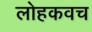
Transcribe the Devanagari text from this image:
लोहकवच